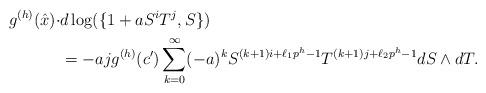
LaTeX: \begin{align*}g^{(h)}(\hat{x})\cdot &d\log(\{1+aS^iT^j, S\})\\&=-ajg^{(h)}(c')\sum_{k=0}^\infty(-a)^kS^{(k+1)i+\ell_1p^h-1}T^{(k+1)j+\ell_2p^h-1}dS\wedge dT.\end{align*}